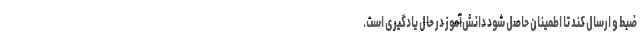
ضبط و ارسال کند تا اطمینان حاصل شود دانش‌آموز در حال یادگیری است.